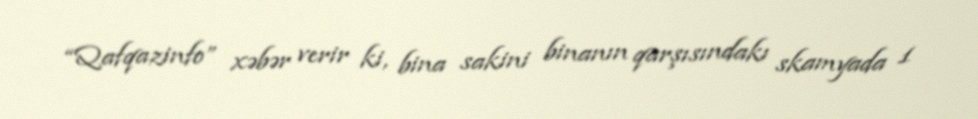
“Qafqazinfo” xəbər verir ki, bina sakini binanın qarşısındakı skamyada 1